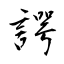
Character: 諤